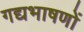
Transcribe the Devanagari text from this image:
गद्यभाषणों